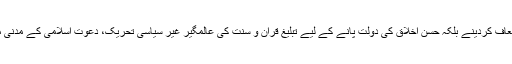
عفو ودرگزر یعنی دوسروں کو معاف کردینے بلکہ حسنِ اخلاق کی دولت پانے کے لیے تبلیغِ قراٰن و سنّت کی عالمگیر غیر سیاسی تحریک، دعوتِ اسلامی کے مدنی ماحو ل سے ہر دم وابَستہ رہئے ۔